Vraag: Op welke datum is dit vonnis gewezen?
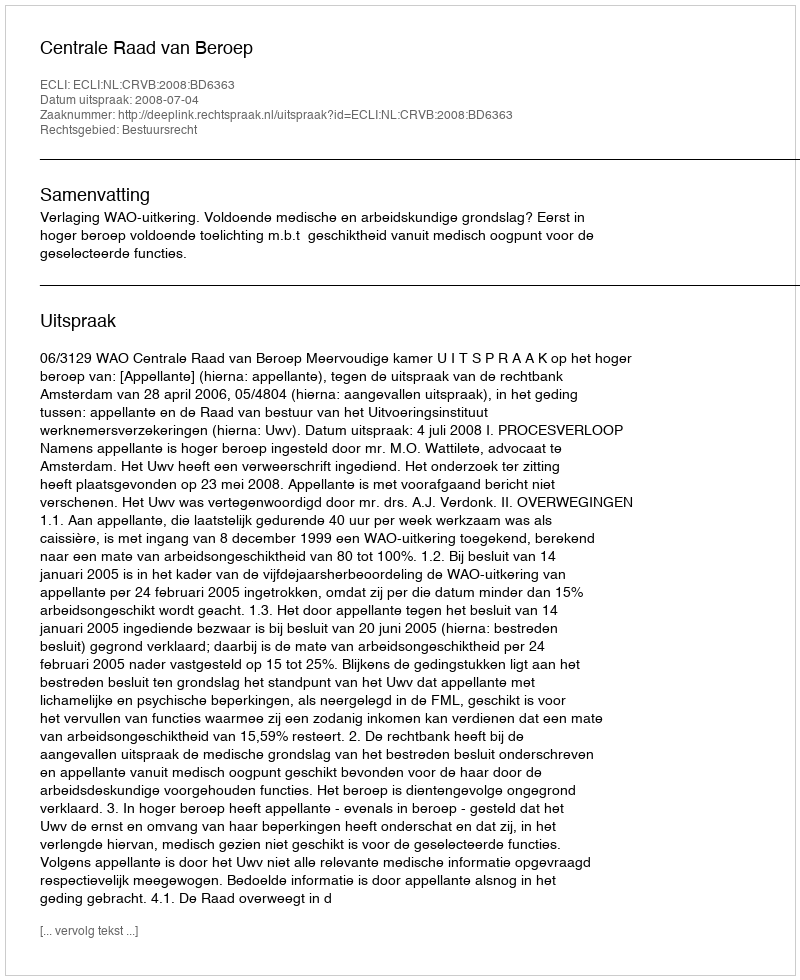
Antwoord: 2008-07-04